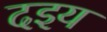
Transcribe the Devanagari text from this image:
दइय